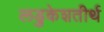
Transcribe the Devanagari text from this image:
लडुकेशतीर्थ